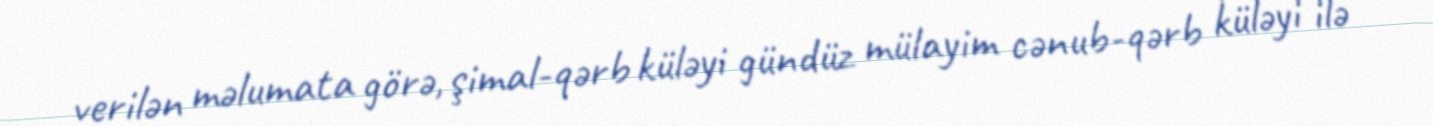
verilən məlumata görə, şimal-qərb küləyi gündüz mülayim cənub-qərb küləyi ilə